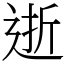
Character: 逝